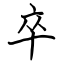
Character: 卒